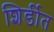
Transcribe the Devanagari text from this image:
शिर्डीत